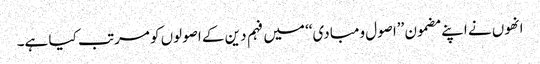
انھوں نے اپنے مضمون ’’اصول ومبادی‘‘ میں فہم دین کے اصولوں کو مرتب کیا ہے۔